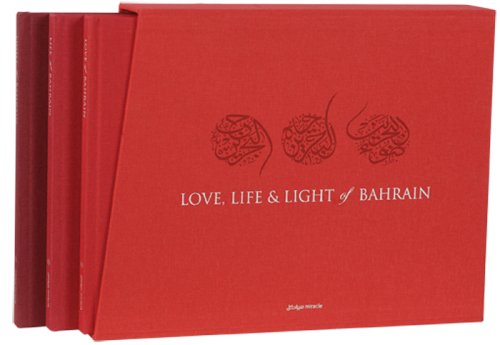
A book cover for Love, Life & Light of Bahrain; Miracle Publishing; Travel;